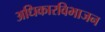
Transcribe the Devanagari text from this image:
अधिकारविभाजन